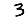
Digit: 3